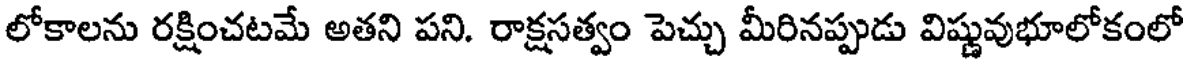
లోకాలను రక్షించటమే అతని పని. రాక్షసత్వం పెచ్చు మీరినప్పుడు విష్ణువుభూలోకంలో